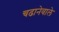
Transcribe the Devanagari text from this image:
चढानेवाले